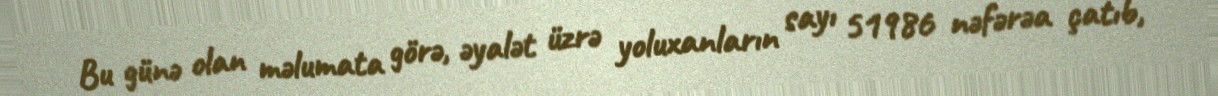
Bu günə olan məlumata görə, əyalət üzrə yoluxanların sayı 51986 nəfərəa çatıb,